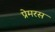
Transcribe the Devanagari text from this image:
प्रेमरस